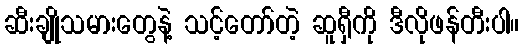
ဆီးချိုသမားတွေနဲ့ သင့်တော်တဲ့ ဆူရှီကို ဒီလိုဖန်တီးပါ။